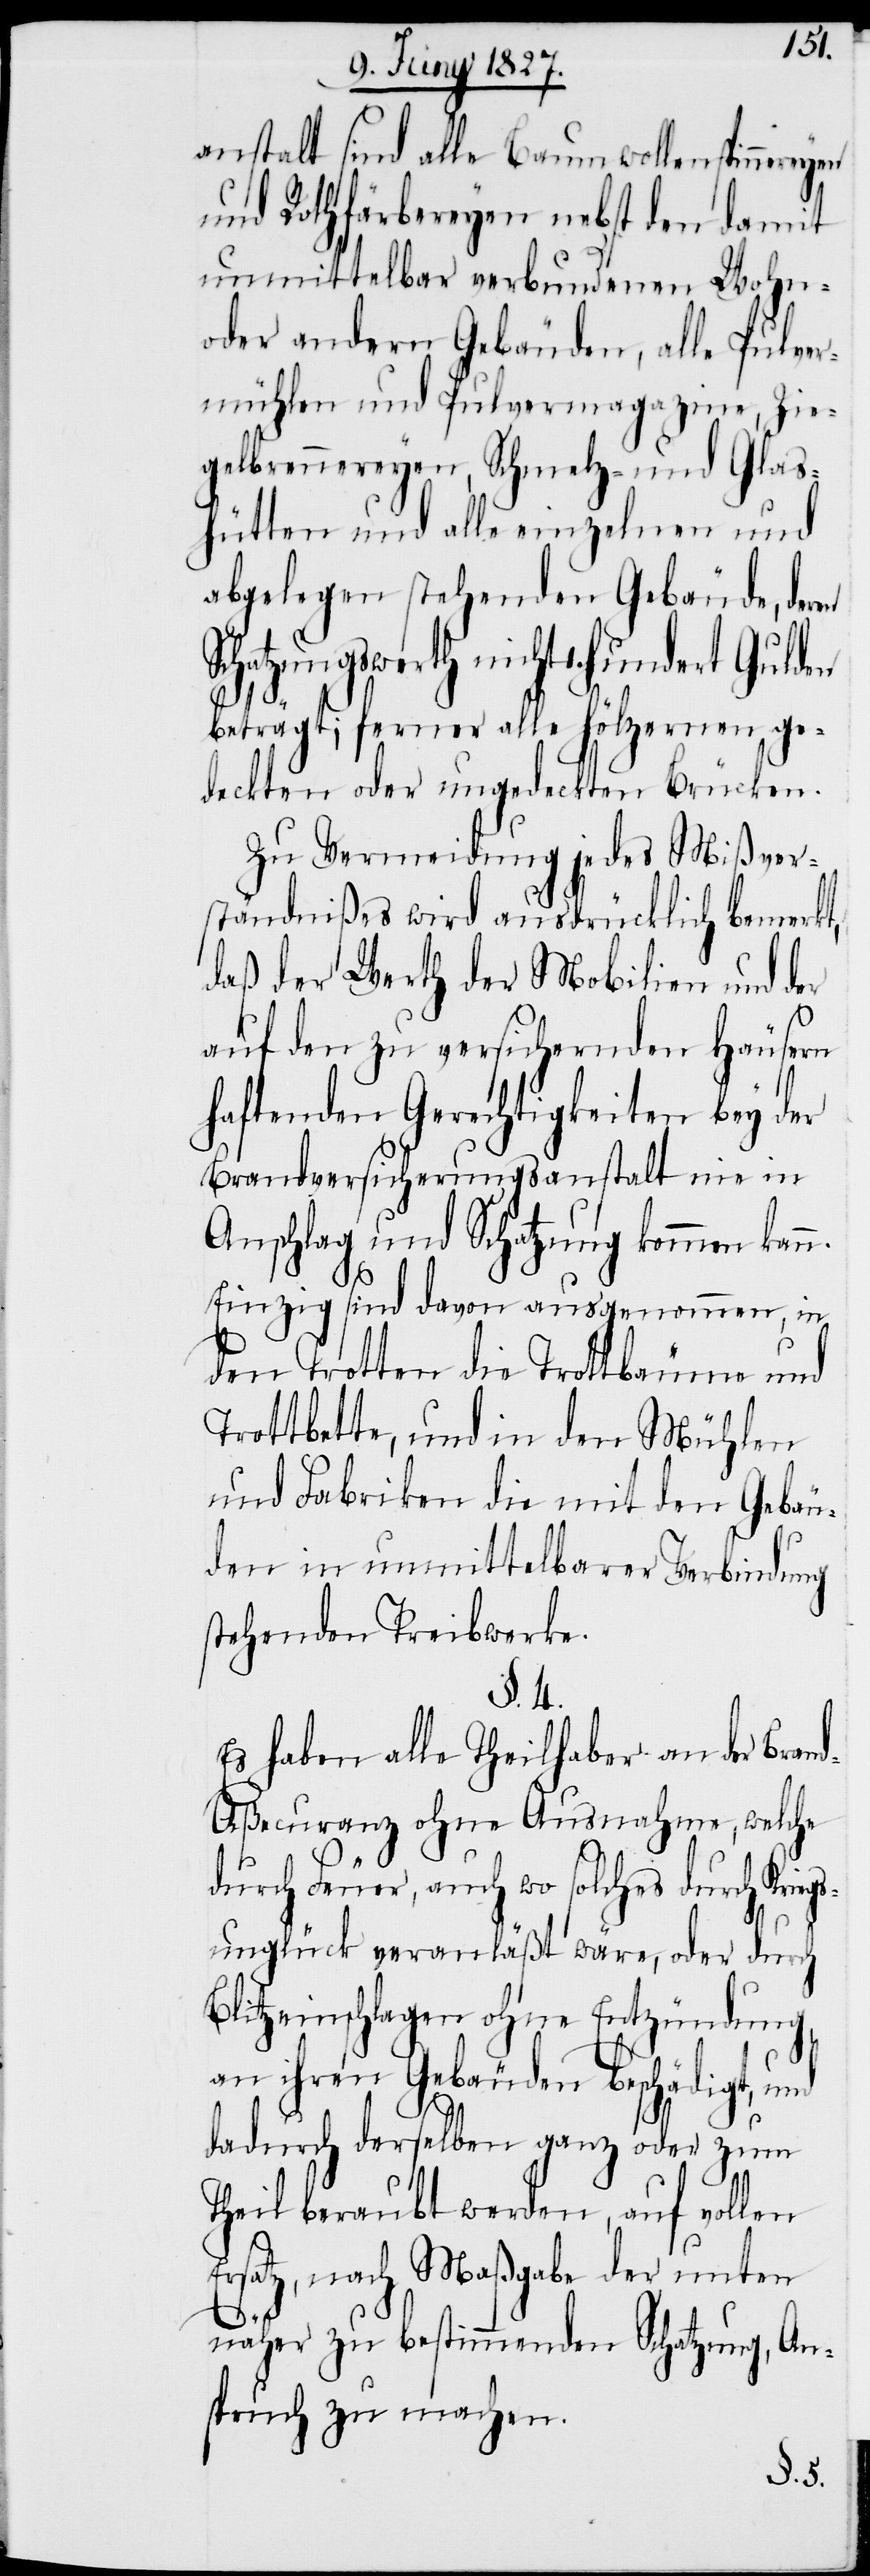
gs¬
anstalt sind alle Baumwollenspinnereyen
und Rothfärbereyen nebst den damit
unmittelbar verbundenen Wohn-
oder andern Gebäuden, alle Pulver¬
mühlen und Pulvermagazine, Zie¬
gelbrennereyen, Schmelz- und Glas¬
hütten und alle einzelnen und
abgelegen stehenden Gebäude, deren
Schatzungswerth nicht 1. hundert Gulden
beträgt; ferner alle hölzernen ge¬
deckten oder ungedeckten Brücken.
Zu Vermeidung jedes Mißver¬
ständnißes wird ausdrücklich bemerkt,
daß der Werth der Mobilien und der
auf den zu versichernden Häusern
haftenden Gerechtigkeiten bey der
Brandversicherungsanstalt nie in
Anschlag und Schatzung kommen kann.
Einzig sind davon ausgenommen, in
den Trotten die Trottbäume und
Trottbette, und in den Mühlen
und Fabriken die mit den Gebäu¬
den in unmittelbarer Verbindung
stehenden Treibwerke.
§. 4.
Es haben alle Theilhaber an der Bran¬
d-Aßecuranz ohne Ausnahme, welche
durch Feuer, auch wo solches durch Krie¬
unglück veranläßt wäre, oder durch
Blitzeinschlagen ohne Entzündung,
an ihren beschädigt, und
dadurch derselben ganz oder zum
Theil beraubt werden, auf vollen
Ersatz, nach Maßgabe der unterm
näher zu bestimmenden Schatzung, An¬
spruch zu machen.